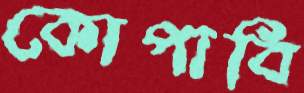
কোপাবি